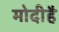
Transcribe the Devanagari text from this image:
मोदीहै